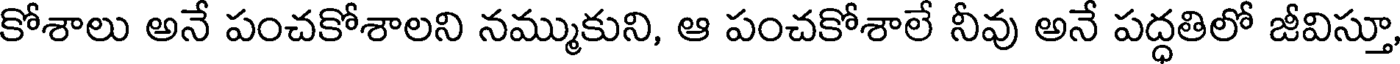
కోశాలు అనే పంచకోశాలని నమ్ముకుని, ఆ పంచకోశాలే నీవు అనే పద్ధతిలో జీవిస్తూ